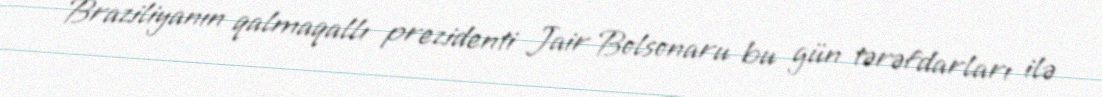
Braziliyanın qalmaqallı prezidenti Jair Bolsonaru bu gün tərəfdarları ilə